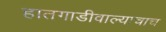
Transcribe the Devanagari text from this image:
हातगाडीवाल्याचाच